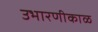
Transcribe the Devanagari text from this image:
उभारणीकाळ